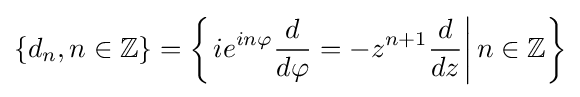
\{d_{n},n\in \mathbb {Z} \}=\left\{\left.ie^{in\varphi }{\frac {d}{d\varphi }}=-z^{n+1}{\frac {d}{dz}}\right|n\in \mathbb {Z} \right\}